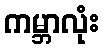
ကမ္ဘာလုံး